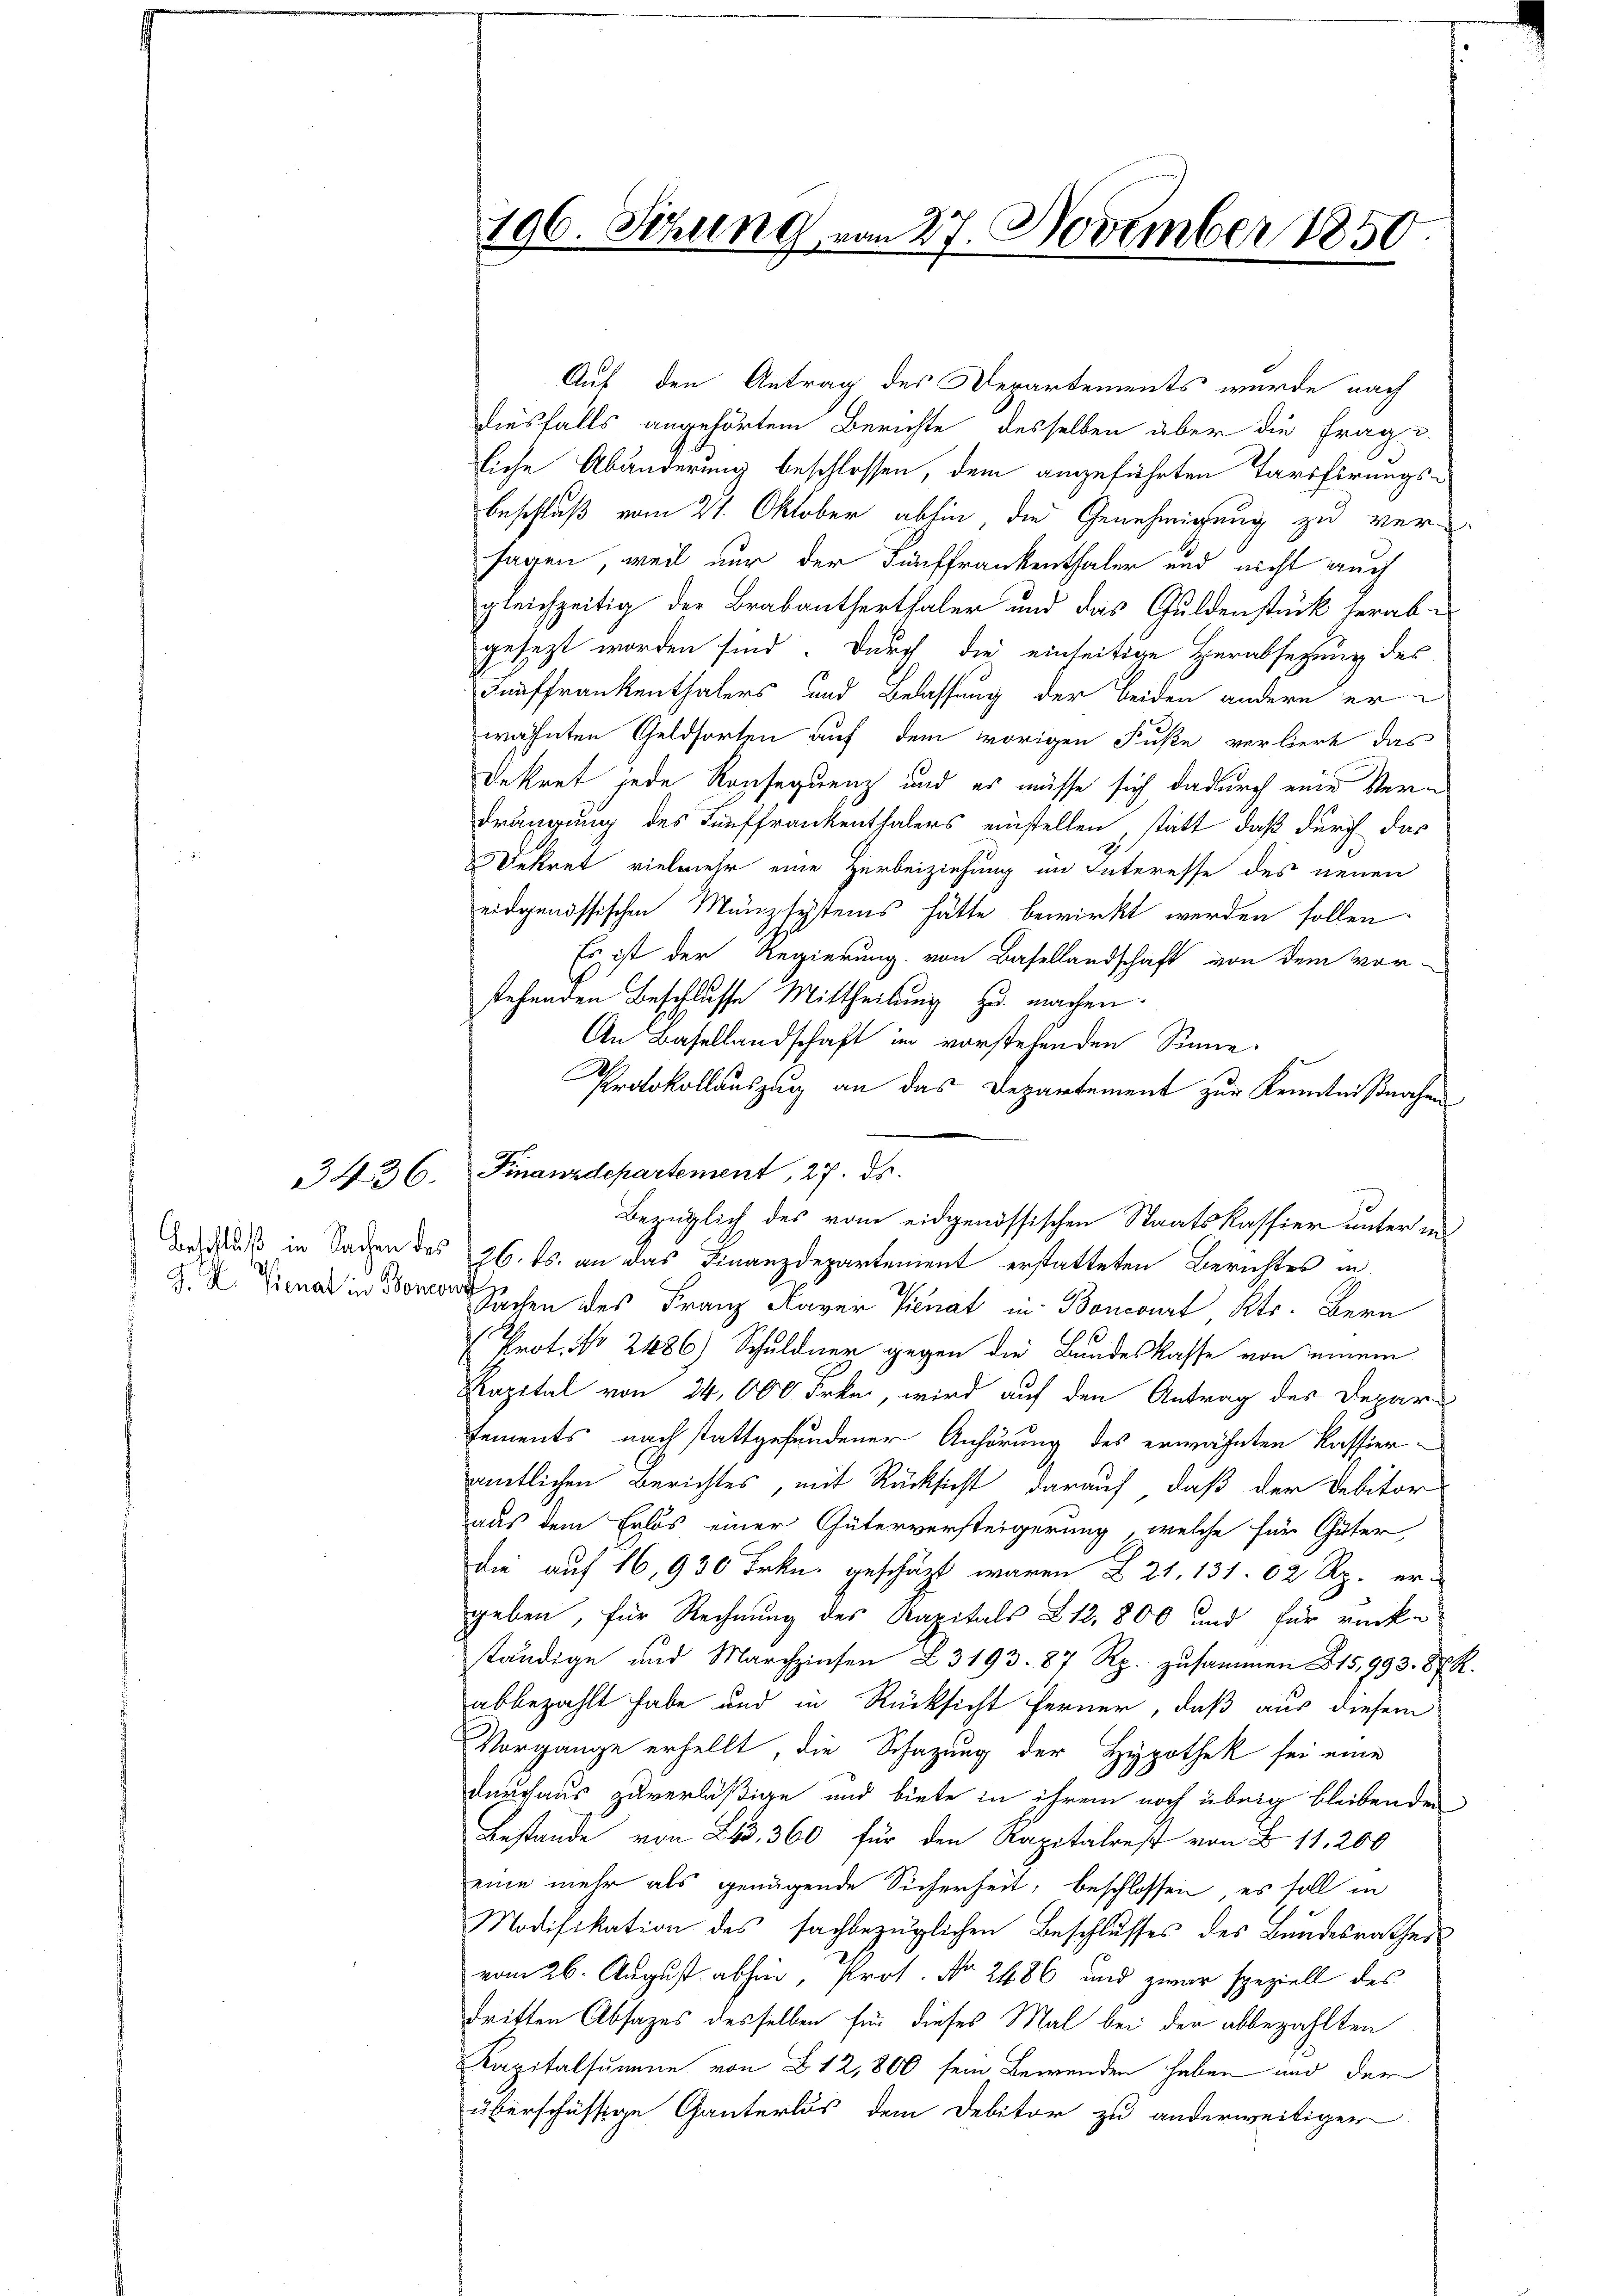
3436.

J. K. Vienat in Boner

196. Sitzung vom 27. November 1850.

Auf, den Antrag des Departements wurde nach
diesfalls angehörtem Berichte desselben über die Frage.
liche Abänderung beschlossen, dem angeführten Tarifirungsbeschluß vom 21. Oktober abhin die Genehmigung zu versagen, weil nur der Fünffrankenthaler und nicht auch
gleichzeitig der Brabantherthaler und das Guldenstück herabgesezt worden sind. Durch die einseitige Herabsetzung des
Fünffrankenthalers und Belassung der beiden andere er
wähnten Geldsorten auf dem vorigen Fuße verliert das
Dekret jede Konsequenz und es müsse sich dadurch eine Verdrängung des Fünffrankenthalers einstellen, statt, daß durch das
Dekret vielmehr eine Herbeiziehung im Interesse des neuen
eidgenössischen Münzsystems hätte bewirkt werden sollen
Es ist der Regierung von Basellandschaft von dem vor-
stehenden Beschlusse Mittheilung zu machen.
An Basellandschaft im vorstehenden Sinne
Protokollauszug an das Departement zur Kenntnißnahme
Finanzdepartement, 27. ds.
Der Muß in Saden des 26. ds. an das Finanzdepartement erstatteten Berichtes in
o
Sachen des Franz Kaver Kienat in Boncourt Kts. Bern
Prot. No 2486) Schuldner gegen die Bundeskasse von einem
Kapital von 34,000 Frke, wird auf den Antrag des Depari
sements nach stattgefundener Anhörung des erwähnten Kassieramtlichen Berichtes, mit Rücksicht darauf, daß der Debitor
aus dem Erlös einer Güterversteigerung, welche für Güter
die auf 16,930 Frkn. geschäzt waren § 21. 131. 62 Rp. er-
geben, für Rechnung des Kapitals 212, 800 und für rücke
ständige und Marchzinsen Z 3193. 87 Rp. zusammen 215,993. 87 R.
abbezahlt habe und in Rücksicht ferner, daß aus diesem
Vorgange erhellt, die Schazung der Hypothek sei eine
durchaus zuverläßige und biete in ihrem noch übrig bleibenden
Bestande von 263, 360 für den Kapitalrest von B. 11, 200
eine mehr als genügende Sicherheit, beschlossen, es soll in
Modifikation des sachbezüglichen Beschlŭsses des Bŭndesrathes
vom 26. August abhin, Prof. No. 2486 und zwar speziell des
dritten Absages desselben für dieses Mal bei der abbezahlten
Kapitalsumme von 12,800 sein Bewenden haben und der
überschüssige Ganterlös dem Debitor zu anderweitiger

d
Bezüglich des vom eidgenössischen Staatskassier unter in